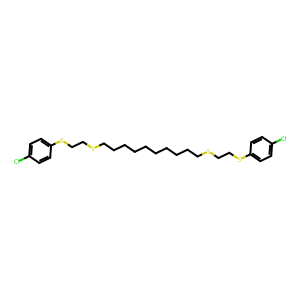
SMILES: Clc1ccc(SCCSCCCCCCCCCCSCCSc2ccc(Cl)cc2)cc1
Inhibits HIV replication: No